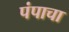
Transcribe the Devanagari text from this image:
पंपाचा